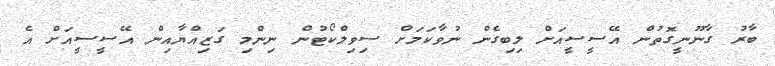
ބާރު ގާނޫނީގޮތުން އޭސީސީއަށް ލިބިގެން ނުވާކަމަށް ސިވިލްކޯޓުން ނިންމި ގަޒިއްޔާއިން އޭސީސީއަށް އެ